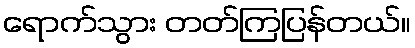
ရောက်သွား တတ်ကြပြန်တယ်။